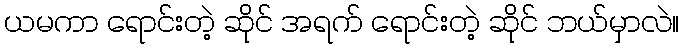
ယမကာ ရောင်းတဲ့ ဆိုင် အရက် ရောင်းတဲ့ ဆိုင် ဘယ်မှာလဲ။